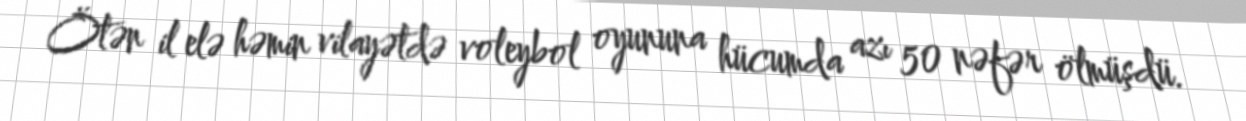
Ötən il elə həmin vilayətdə voleybol oyununa hücumda azı 50 nəfər ölmüşdü.